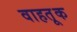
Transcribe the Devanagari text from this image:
वाहतू़क